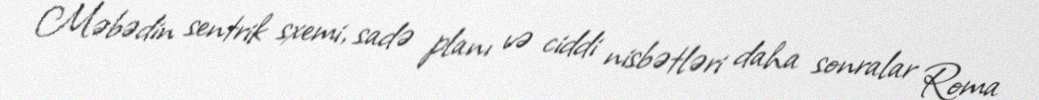
Məbədin sentrik sxemi, sadə planı və ciddi nisbətləri daha sonralar Roma